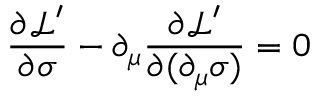
\frac { \partial \mathcal { L } ^ { \prime } } { \partial \sigma } - \partial _ { \mu } \frac { \partial \mathcal { L } ^ { \prime } } { \partial ( \partial _ { \mu } \sigma ) } = 0